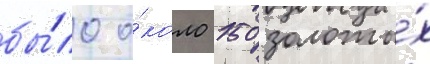
бы́ло о́коло 150 золоты́х